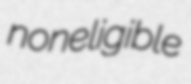
noneligible